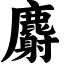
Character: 麝